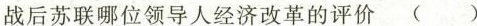
战后苏联哪位领导人经济改革的评价 ( )